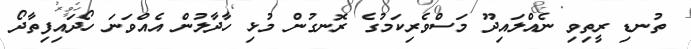
ތުނޑި ރީތިވި ނެއްލައިދޫ މަސްވެރިކަމުގެ ރޮނގުން މުޅި ހާދާލުން އެއްވަނަ ހޯދައިފިތާދޯ